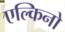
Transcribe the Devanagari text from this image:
एल्किनो